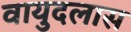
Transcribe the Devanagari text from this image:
वायुदलास